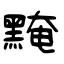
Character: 黤